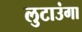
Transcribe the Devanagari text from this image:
लुटाउंगा